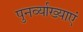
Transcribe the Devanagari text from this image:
पुनर्व्याख्याएं